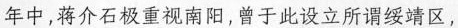
年中，蒋介石极重视南阳，曾于此设立所谓绥靖区，